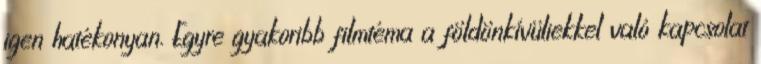
igen hatékonyan. Egyre gyakoribb filmtéma a földönkívüliekkel való kapcsolat